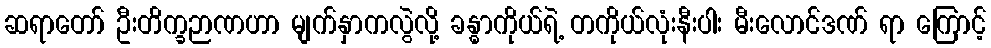
ဆရာတော် ဦးတိက္ခဉာဏဟာ မျက်နှာကလွဲလို့ ခန္ဓာကိုယ်ရဲ့ တကိုယ်လုံးနီးပါး မီးလောင်ဒဏ် ရာ ကြောင့်